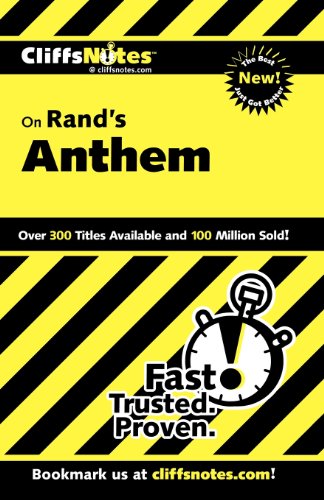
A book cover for CliffsNotes on Rand's Anthem (Cliffsnotes Literature Guides); Andrew Bernstein; Literature & Fiction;